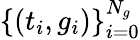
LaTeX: \{ (t_{i},g_{i})\} _{i=0}^{N_{g}}